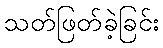
သတ်ဖြတ်ခဲ့ခြင်း